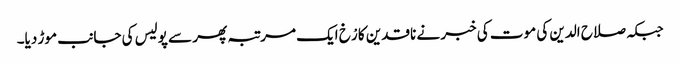
جبکہ صلاح الدین کی موت کی خبر نے ناقدین کا رْخ ایک مرتبہ پھر سے پولیس کی جانب موڑ دیا۔